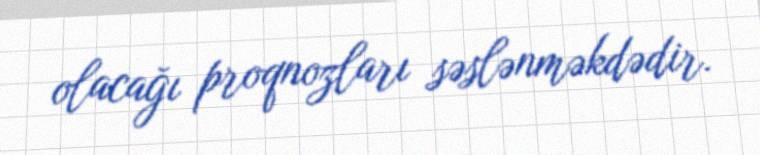
olacağı proqnozları səslənməkdədir.